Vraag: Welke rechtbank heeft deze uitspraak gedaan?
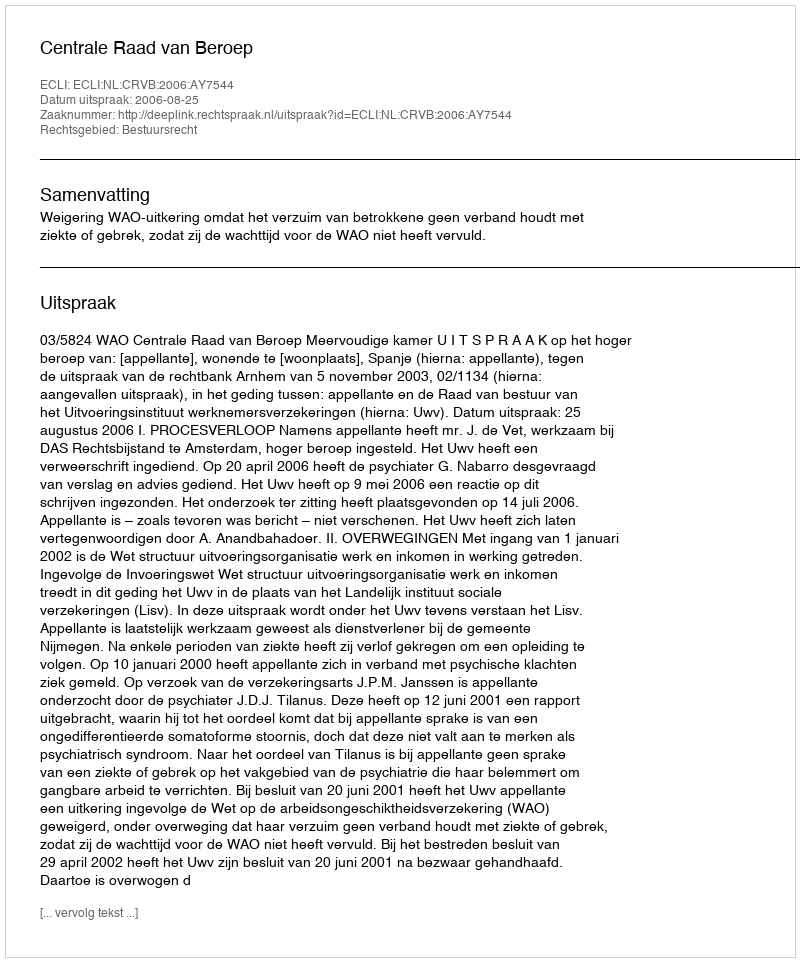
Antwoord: Centrale Raad van Beroep